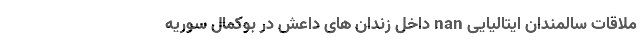
ملاقات سالمندان ایتالیایی nan داخل زندان های داعش در بوکمال سوریه